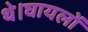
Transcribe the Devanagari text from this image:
थे।घायलों